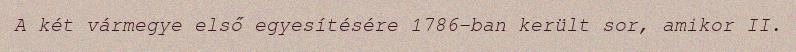
A két vármegye első egyesítésére 1786-ban került sor, amikor II.